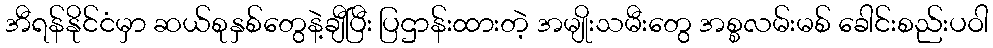
အီရန်နိုင်ငံမှာ ဆယ်စုနှစ်တွေနဲ့ချီပြီး ပြဌာန်းထားတဲ့ အမျိုးသမီးတွေ အစ္စလမ်းမစ် ခေါင်းစည်းပဝါ